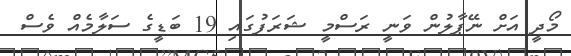
މޯދީ އަށް ނޭޕާލުން ވަނީ ރަސްމީ ޝަރަފުގައި 19 ބަޑީގެ ސަލާމެއް ވެސް